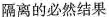
隔离的必然结果